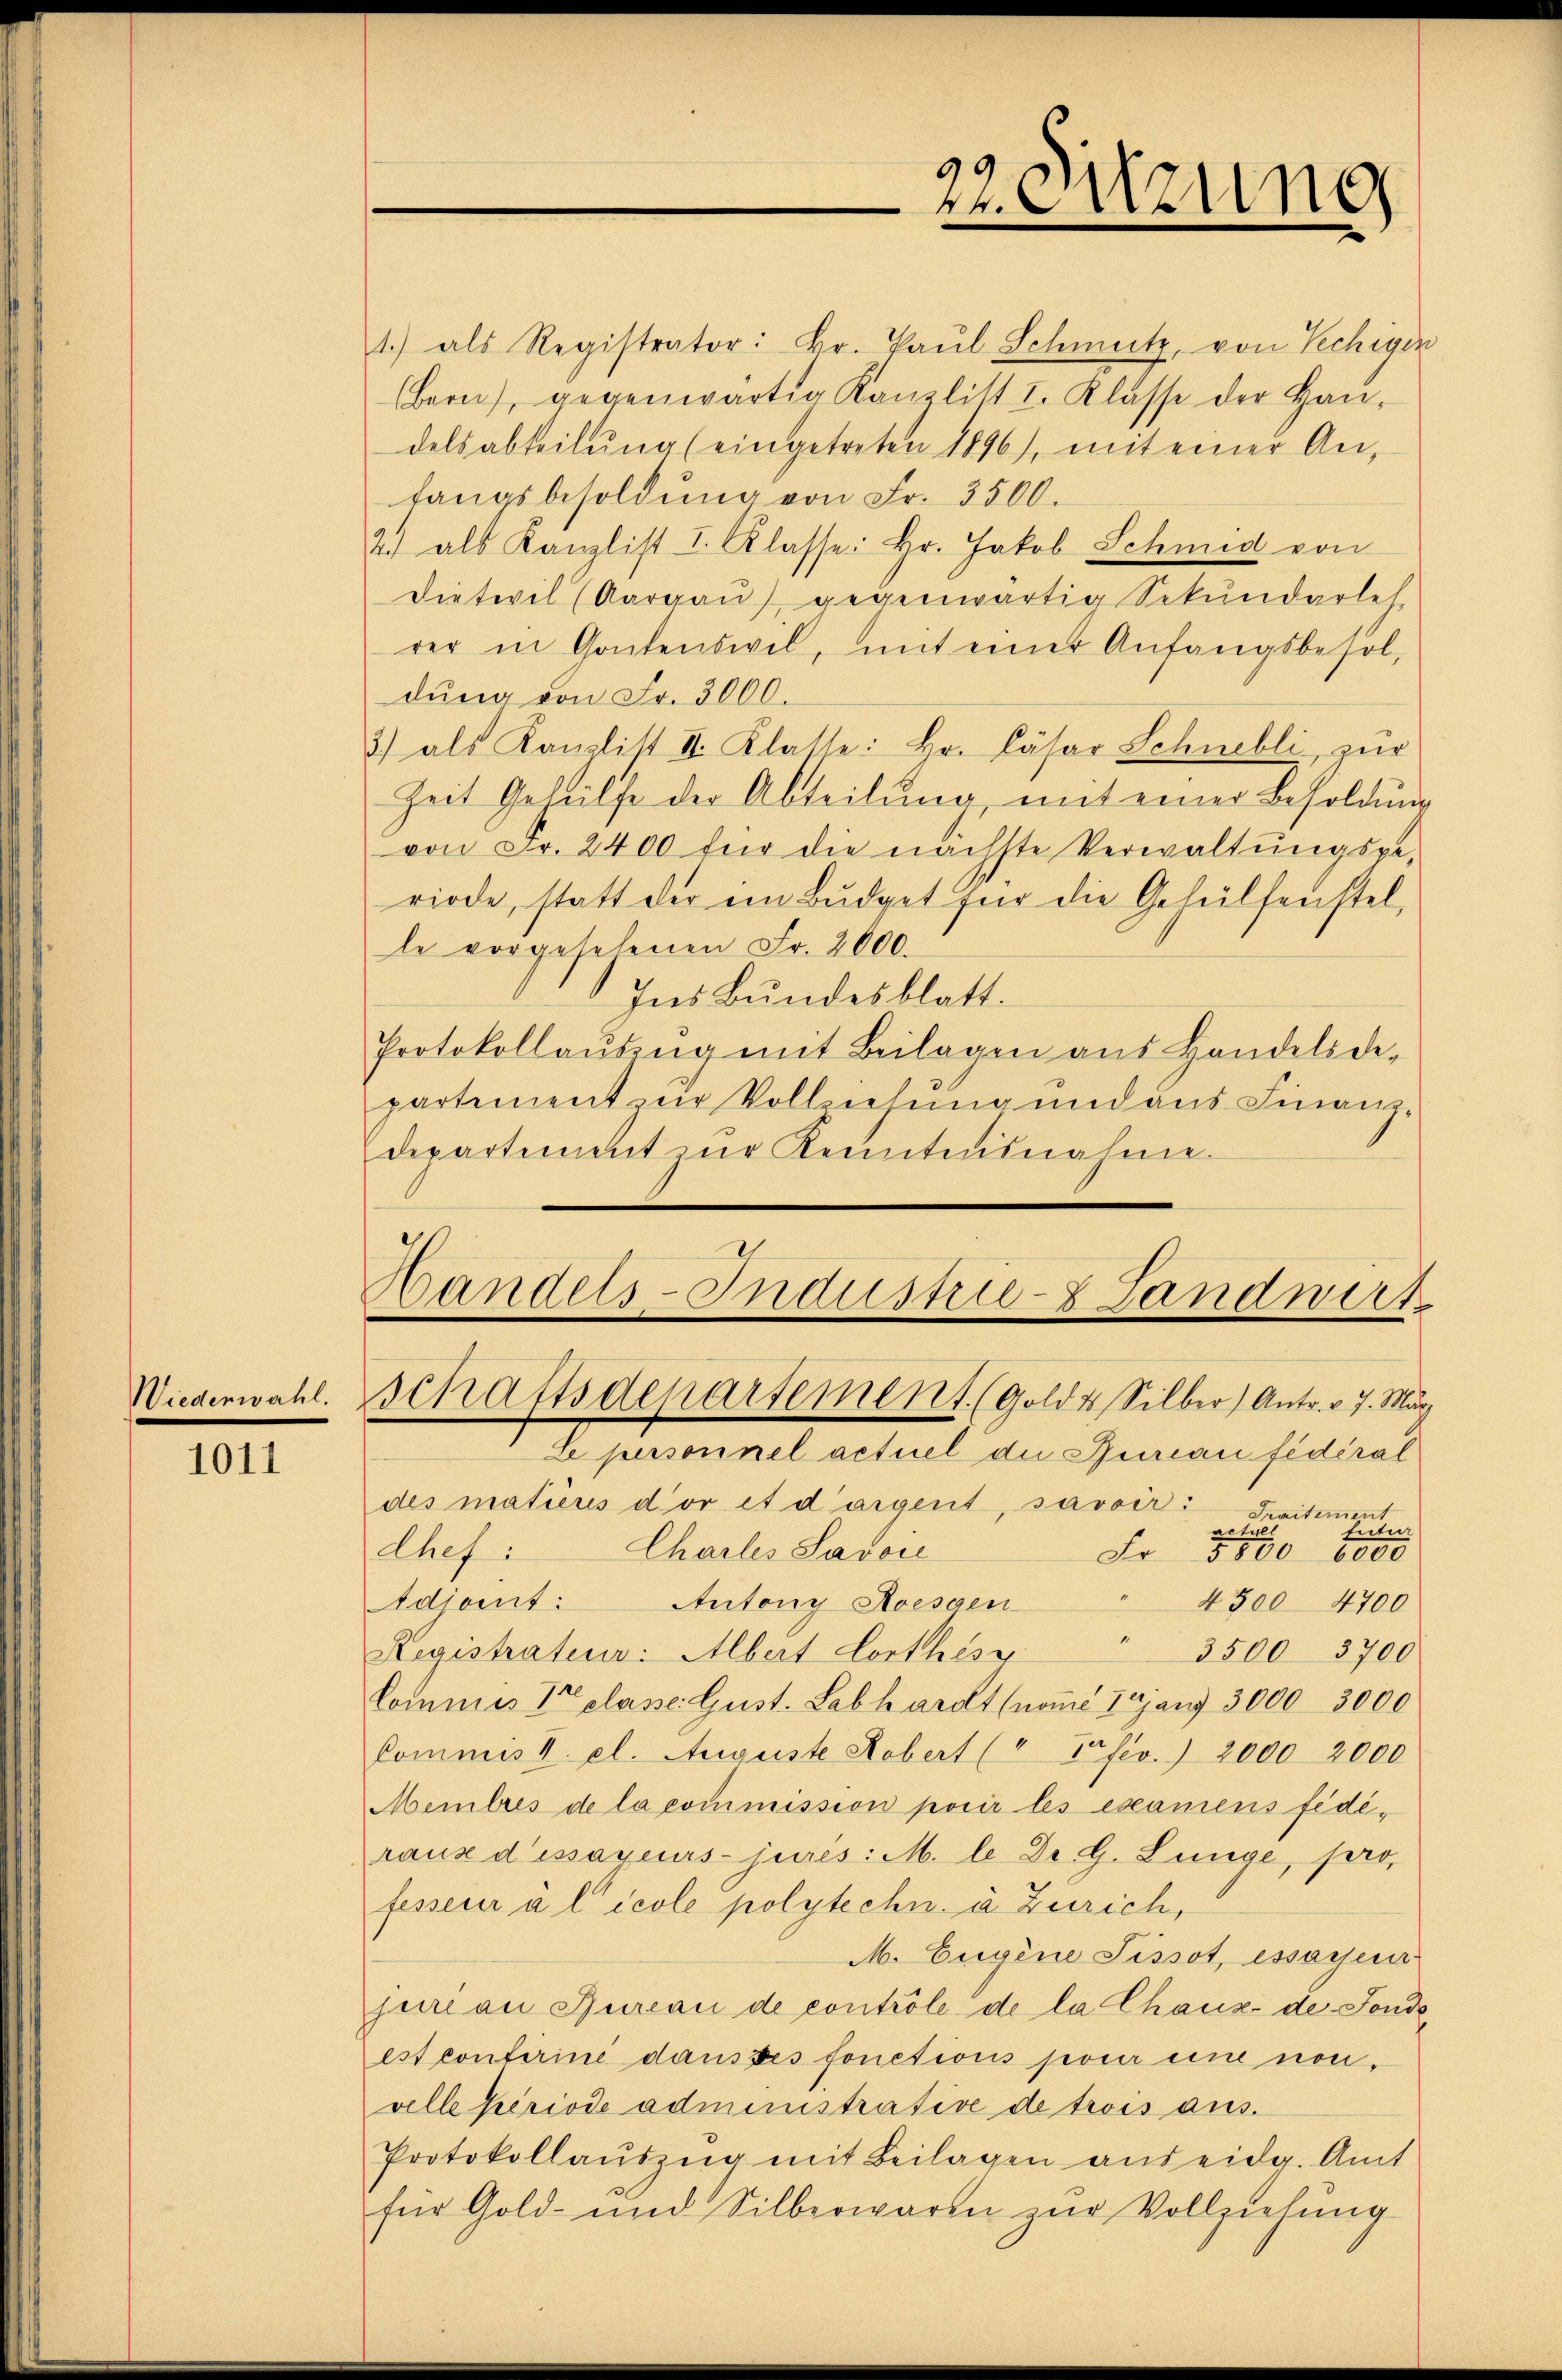
Wiederwahl.

1011

22. Sitzung

1) als Registrator: Dr. Paŭl Schmutz, von Vechigen
Bern, gegenwärtig Kanzlist I. Klasse der Han-
delsabteilŭng (eingetreten 1896), mit einer Anfangsbesoldŭng von Fr. 3500.
2.) als Kanzlist I. Klasse: Hr. Jakob Schmid von
Dietwil (Aargaŭ) gegenwärtig Sekundarleh
rer in Gontenswil, mit einer Anfangsbesoldŭng von Fr. 3000.
3) als Kanzlitt II. Klatte: Hr. Cäsar Schnelli, zŭr
Zeit Geheilte der Abteilŭng mit einer Besoldung
von Fr. 2400 für die nächste Verwaltŭngsge-
riode, statt der ein Budget für die Gehülfenstel,
le vorgesehenen Fr. 2000.
Ins Bundesblatt.
Protokollaŭszŭg mit Beilagen ans Handels de-
partement zur Vollziehung und aus Finanz-
departement zŭr Kenntnisnahme.

Handels-Industrie Landwirt
schaftsdepartement (Gold & Silber) Antr. v. 7. März

Le personnel actuel die Bureau fédéral
des matius d’or et dargent, savoir:
Praitement
aessel
fute
Charles Savoi
Chef:
Fr. 5800 6000
Adicent: Autony Aoesaen
4300 4700
" 3500 3700
Registrateur: Albert Lorthes v
kommes V Classe Gust. Labhardt (nome 19 auf 3000 - 3000
Commis II. el. Auguste Kobert (" Tfev. 2000 2000
Membres de la commission porir les examens fidiraus dessayeurs jures: M. le Dr. G. Lunge, pro
fesseur à l’école polytechn. à Zürich,
M. Eugene Sissot, essoren
jean Bureau de controle de la Chaux-de-Fonde
est conferine dausses fonctions pour eine non,
velle Periode administrative de trois aus.
Protokollauszug mit Beilagen aus eidg. Amt
für Gold- und Silberwaren zur Vollziehung